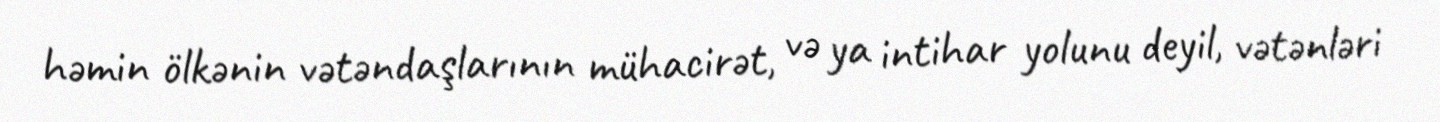
həmin ölkənin vətəndaşlarının mühacirət, və ya intihar yolunu deyil, vətənləri